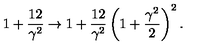
1 + \frac { 1 2 } { \gamma ^ { 2 } } \to 1 + \frac { 1 2 } { \gamma ^ { 2 } } \left( 1 + \frac { \gamma ^ { 2 } } { 2 } \right) ^ { 2 } .